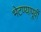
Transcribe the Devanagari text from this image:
भेटण्यापूर्वी